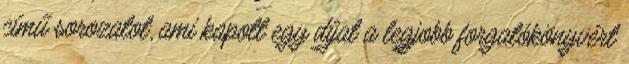
című sorozatot, ami kapott egy díjat a legjobb forgatókönyvért